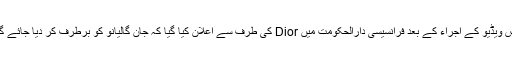
اس ویڈیو کے اجراء کے بعد فرانسیسی دارالحکومت میں Dior کی طرف سے اعلان کیا گیا کہ جان گالیانو کو برطرف کر دیا جائے گا۔